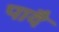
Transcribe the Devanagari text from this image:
पादै